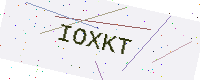
Text: IOXKT